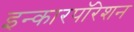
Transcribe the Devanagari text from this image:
इन्कारपॉरेशन